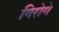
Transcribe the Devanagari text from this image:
गिरोगे